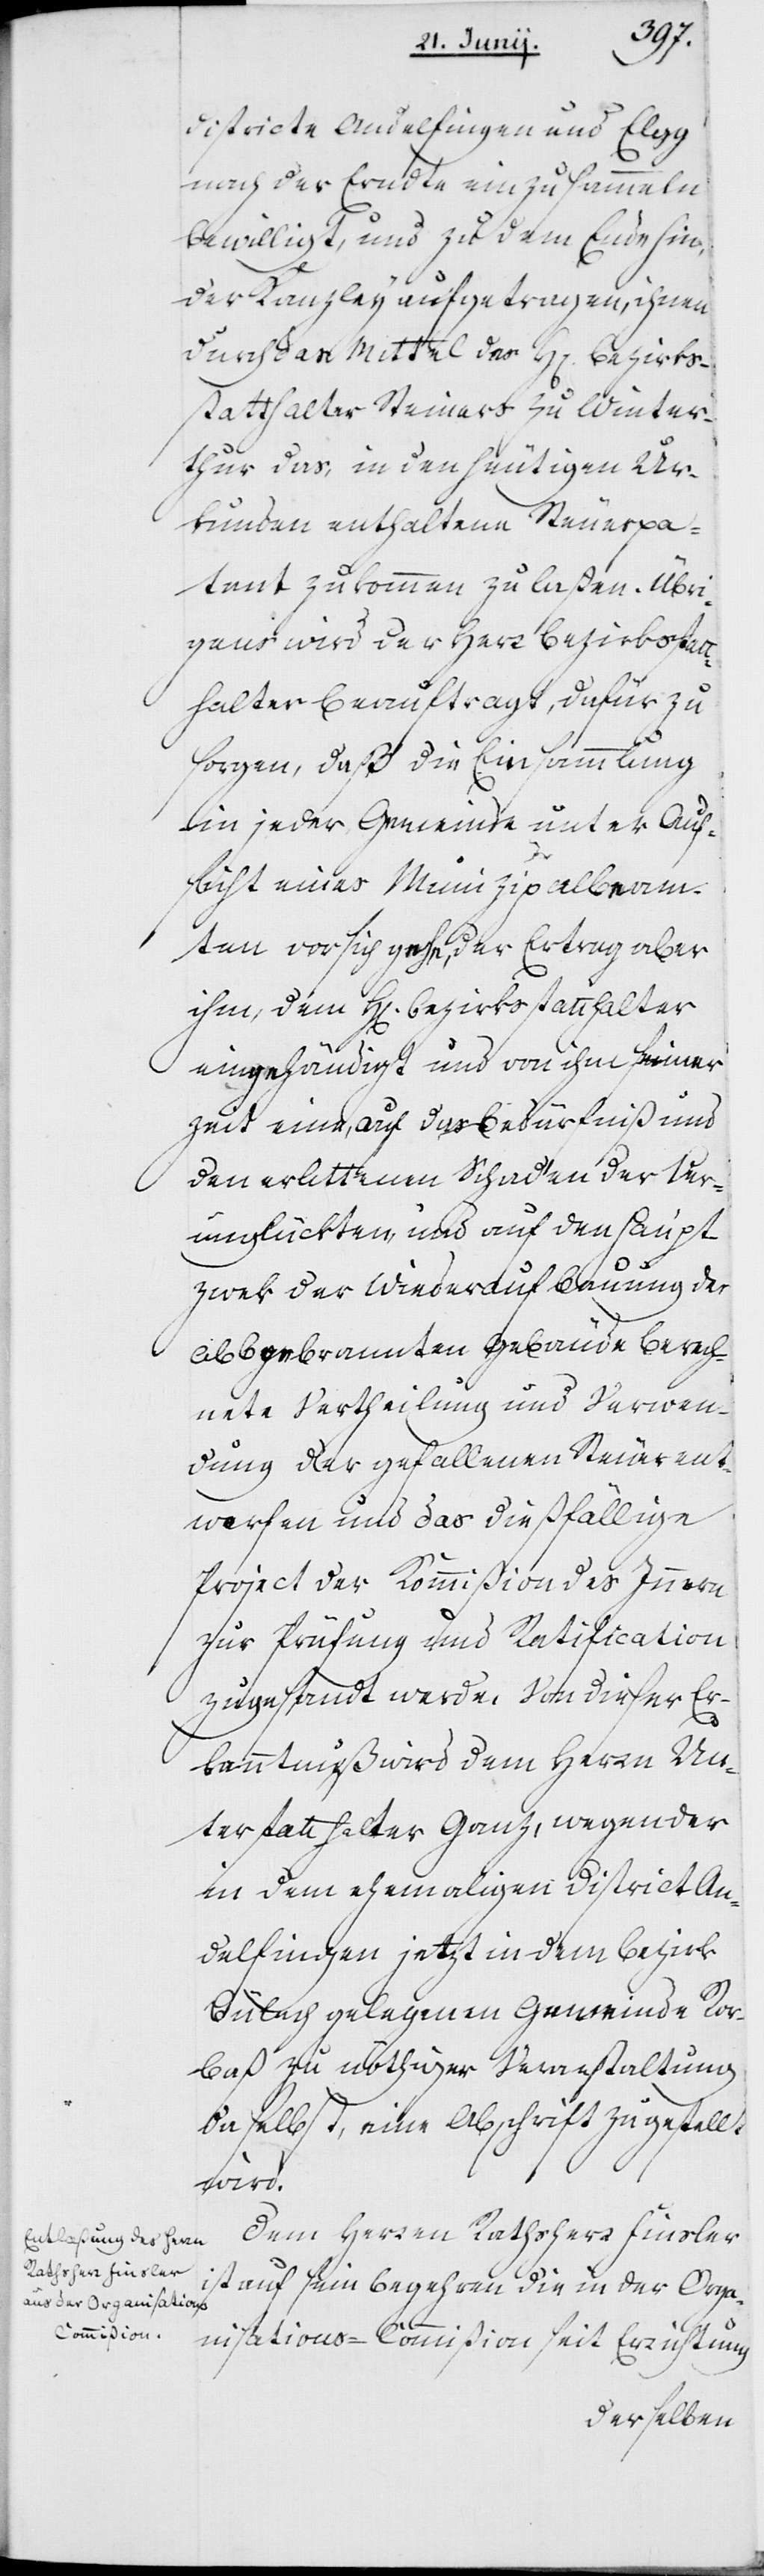
Districte Andelfingen und Elgg
nach der Erndte einzusammeln
bewilligt, und zu dem Ende hin,
der Kanzley aufgetragen, ihnen
durch das Mittel des Herrn Bezirks¬
statthalter Steiners zu Winter¬
thur das, in den heutigen Ur¬
kunden enthaltene Steuerpa¬
tent zukommen zu laßen. Übri¬
gens wird der Herr Bezirksstatt¬
halter beauftragt, dafür zu
sorgen, daß die Einsammlung
in jeder Gemeinde unter Auf¬
sicht eines Munizipalbeam¬
ten vor sich gehe, der Ertrag aber
ihm, dem Herrn Bezirksstatthalter
eingehändigt und von ihm seiner¬
zeit eine, auf das Bedürfniß und
den erlittenen Schaden der Ver¬
unglückten und auf den Haupt¬
zwek der Wiederaufbauung der
abbgebrannten Gebäude berech¬
nete Vertheilung und Verwen¬
dung der gefallenen Steuer ent¬
worfen und das dießfällige
Project der Kommißion des Innern
zur Prüfung und Ratification
zugesandt werde. Von dieser Er¬
kanntnuß wird dem Herrn Un¬
terstatthalter Ganz, wegen der
in dem ehemaligen District An¬
delfingen, jetzt in dem Bezirk
Bülach gelegenen Gemeinde Ror¬
bas, zu nöthiger Veranstaltung
daselbst, eine Abschrift zugestellt
wird
Dem Herren Rathsherr Finsler
ist auf sein Begehren die in der Orga¬
nisations-Commißion seit Errichtung